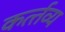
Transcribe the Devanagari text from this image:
कर्त्‍तव्‍य